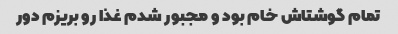
تمام گوشتاش خام بود و مجبور شدم غذا رو بریزم دور